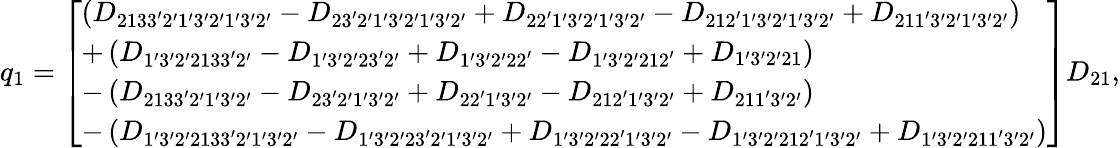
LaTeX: \begin{array}{r}{{q_{1}}=\left[\begin{array}{l}{\left({{D_{2133^{\prime}2^{\prime}1^{\prime}3^{\prime}2^{\prime}1^{\prime}3^{\prime}2^{\prime}}}-{D_{23^{\prime}2^{\prime}1^{\prime}3^{\prime}2^{\prime}1^{\prime}3^{\prime}2^{\prime}}}+{D_{22^{\prime}1^{\prime}3^{\prime}2^{\prime}1^{\prime}3^{\prime}2^{\prime}}}-{D_{212^{\prime}1^{\prime}3^{\prime}2^{\prime}1^{\prime}3^{\prime}2^{\prime}}}+{D_{211^{\prime}3^{\prime}2^{\prime}1^{\prime}3^{\prime}2^{\prime}}}}\right)}\\ {+\left({{D_{1^{\prime}3^{\prime}2^{\prime}2133^{\prime}2^{\prime}}}-{D_{1^{\prime}3^{\prime}2^{\prime}23^{\prime}2^{\prime}}}+{D_{1^{\prime}3^{\prime}2^{\prime}22^{\prime}}}-{D_{1^{\prime}3^{\prime}2^{\prime}212^{\prime}}}+{D_{1^{\prime}3^{\prime}2^{\prime}21}}}\right)}\\ {-\left({{D_{2133^{\prime}2^{\prime}1^{\prime}3^{\prime}2^{\prime}}}-{D_{23^{\prime}2^{\prime}1^{\prime}3^{\prime}2^{\prime}}}+{D_{22^{\prime}1^{\prime}3^{\prime}2^{\prime}}}-{D_{212^{\prime}1^{\prime}3^{\prime}2^{\prime}}}+{D_{211^{\prime}3^{\prime}2^{\prime}}}}\right)}\\ {-\left({{D_{1^{\prime}3^{\prime}2^{\prime}2133^{\prime}2^{\prime}1^{\prime}3^{\prime}2^{\prime}}}-{D_{1^{\prime}3^{\prime}2^{\prime}23^{\prime}2^{\prime}1^{\prime}3^{\prime}2^{\prime}}}+{D_{1^{\prime}3^{\prime}2^{\prime}22^{\prime}1^{\prime}3^{\prime}2^{\prime}}}-{D_{1^{\prime}3^{\prime}2^{\prime}212^{\prime}1^{\prime}3^{\prime}2^{\prime}}}+{D_{1^{\prime}3^{\prime}2^{\prime}211^{\prime}3^{\prime}2^{\prime}}}}\right)}\end{array}\right]{D_{21}},}\end{array}